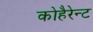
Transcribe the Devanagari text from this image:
कोहैरेन्ट